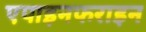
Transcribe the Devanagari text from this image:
एपाइनफराइन